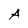
Character: A